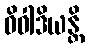
ဝိဝါဒိယန္တိ